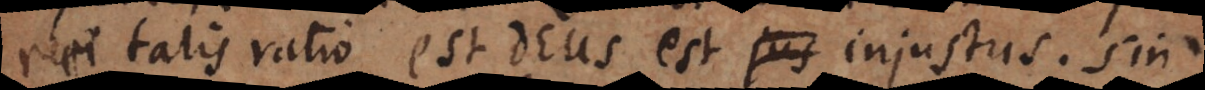
rei talis ratio est Deus est injustus. Sin